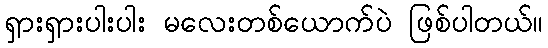
ရှားရှားပါးပါး မလေးတစ်ယောက်ပဲ ဖြစ်ပါတယ်။